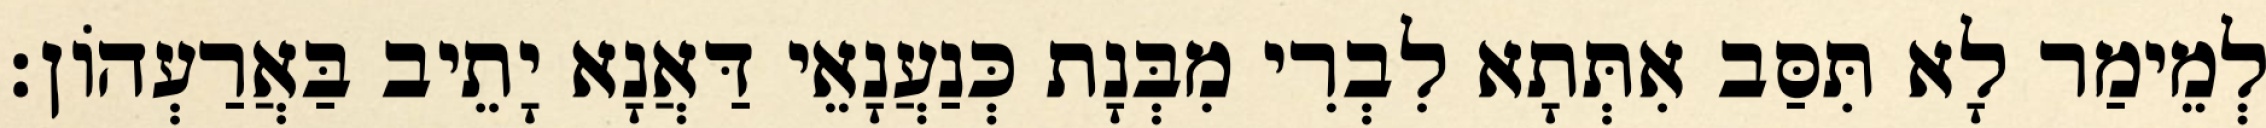
לְמֵימַר לָא תִּסַּב אִתְּתָא לִבְרִי מִבְּנָת כְּנַעֲנָאֵי דַּאֲנָא יָתֵיב בַּאֲרַעְהוֹן׃